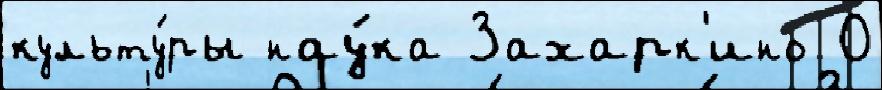
культу́ры нау́ка Захарк'ино О